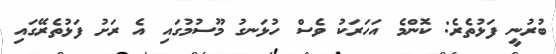
ބުރުނީ ފަޅުތެރެ: ކޮންމެ އަަހަރަކު ވެސް ހުޅަނގު މޫސުމުގައި އެ ރަށު ފަޅުތެރޭގައި